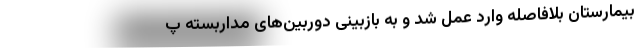
بیمارستان بلافاصله وارد عمل شد و به بازبینی دوربین‌های مداربسته پ